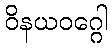
ဝိနယဝဂ္ဂေါ